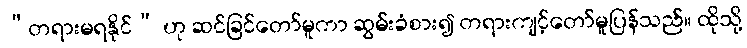
“တရားမရနိုင်” ဟု ဆင်ခြင်တော်မူကာ ဆွမ်းခံစား၍ တရားကျင့်တော်မူပြန်သည်။ ထိုသို့